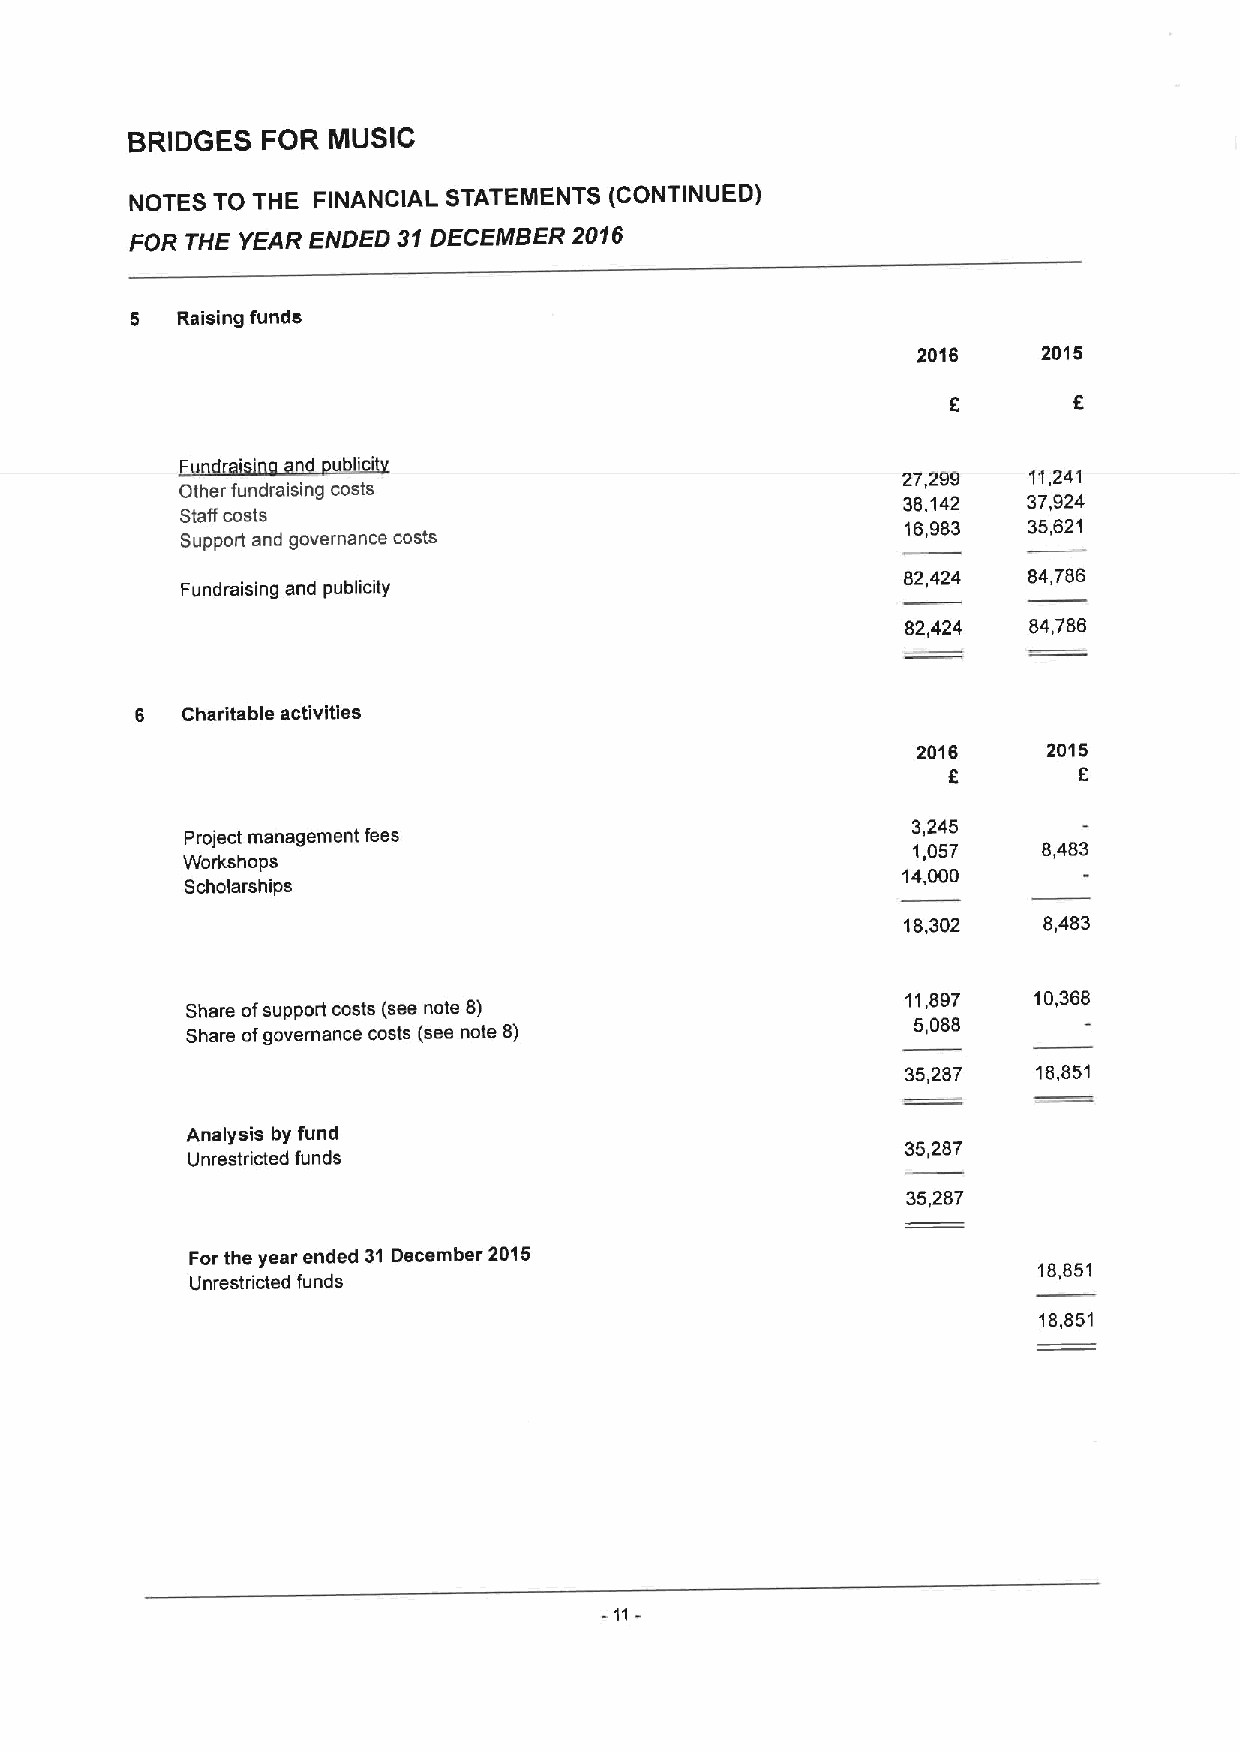
BRIDGES  FOR  MUSIC
 NOTES TO THE FINANCIAL STATEMENTS (CONTINUEDI
 FOR THE YEAR ENDED 31DECENIBER 2016
 5  Raising funds
 2016    2015
 27,299  11,241
 Other fundraising costs
 38,142  37,924
 Staff costs
 16,983  35,821
 Support and governance costs
 82,424  84,786
 Fundraising and publicity
 82,424  84,786
 6  Charitable activities
 2016    2015
 6       8
 Project management fees
 3,245
 1,057    8,483
 Workshops
 14,000
 Scholarships
 18,302   8,483
 11,897  10,388
 Share ofsupport costs (see note 8)
 Share ofgovernance costs (see note 8)
 5,088
 35,287   18,851
 Analysis by fund
 35,287
 Unrestricted funds
 35,287
 For the year ended 31 December 2015
 18,851
 Unrestricted funds
 18,851
 11-